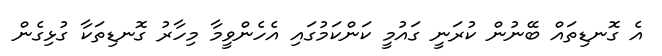
އެ ގޮނޑިތައް ބޭނުން ކުރަނީ ގައުމީ ކަންކަމުގައި އެހެންވީމާ މިހާރު ގޮނޑިތަކާ ގުޅިގެން